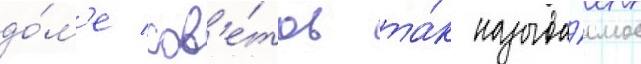
до́м'е сов'е́тов та́к называ́емое